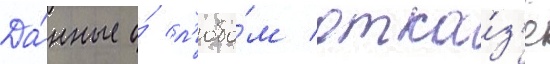
Да́нные о́ л'юбо́м отка́з'е